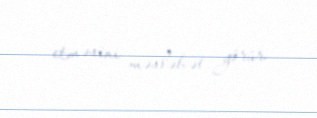
etməsini məsləhət görür.